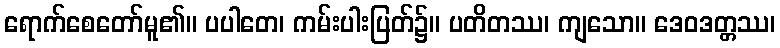
ရောက်စေတော်မူ၏။ ပပါတေ၊ ကမ်းပါးပြတ်၌။ ပတိတဿ၊ ကျသော။ ဒေဝဒတ္တဿ၊